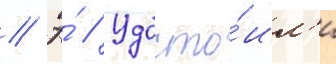
// Э́ // Удосто́ил'и